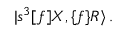
\vert s ^ { 3 } \lbrack f \rbrack X , \lbrace f \rbrace R \rangle \, .